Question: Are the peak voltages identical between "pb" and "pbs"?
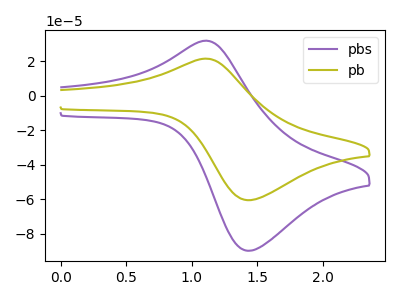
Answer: <think>The purple curve "pbs" has an anodic peak at (1.10V, 31.85uA) and a cathodic peak at (1.45V, -90.00uA). The olive curve "pb" has an anodic peak at (1.10V, 21.45uA) and a cathodic peak at (1.45V, -60.65uA).</think>
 <answer>Yes, "pb" have a peak in "pbs" at the same potential.</answer>
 <eval>match</eval>